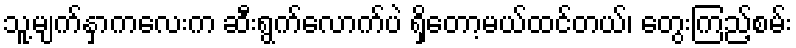
သူ့မျက်နှာကလေးက ဆီးရွက်လောက်ပဲ ရှိတော့မယ်ထင်တယ်၊ တွေးကြည့်စမ်း